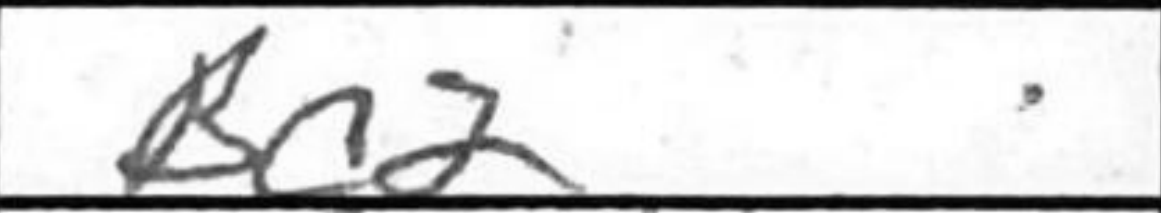
Transcription: Kc2